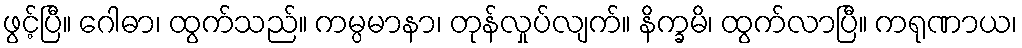
ဖွင့်ပြီ။ ဂေါဓာ၊ ထွက်သည်။ ကမ္ပမာနာ၊ တုန်လှုပ်လျက်။ နိက္ခမိ၊ ထွက်လာပြီ။ ကရုဏာယ၊